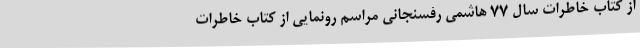
از کتاب خاطرات سال 77 هاشمی رفسنجانی مراسم رونمایی از کتاب خاطرات